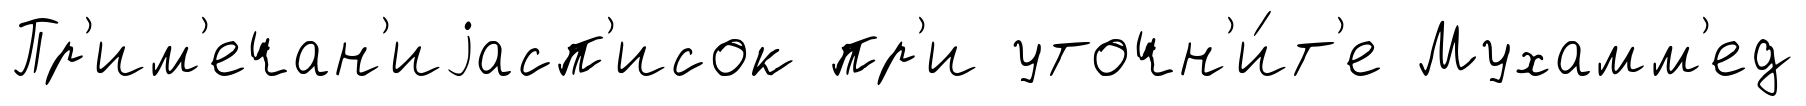
Пр'им'ечан'иjасп'исок пр'и уточн'и́т'е Мухамм'ед